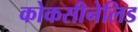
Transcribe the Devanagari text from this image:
कोकसीनेलिड